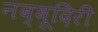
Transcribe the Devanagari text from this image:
नब्‍बूदिरी